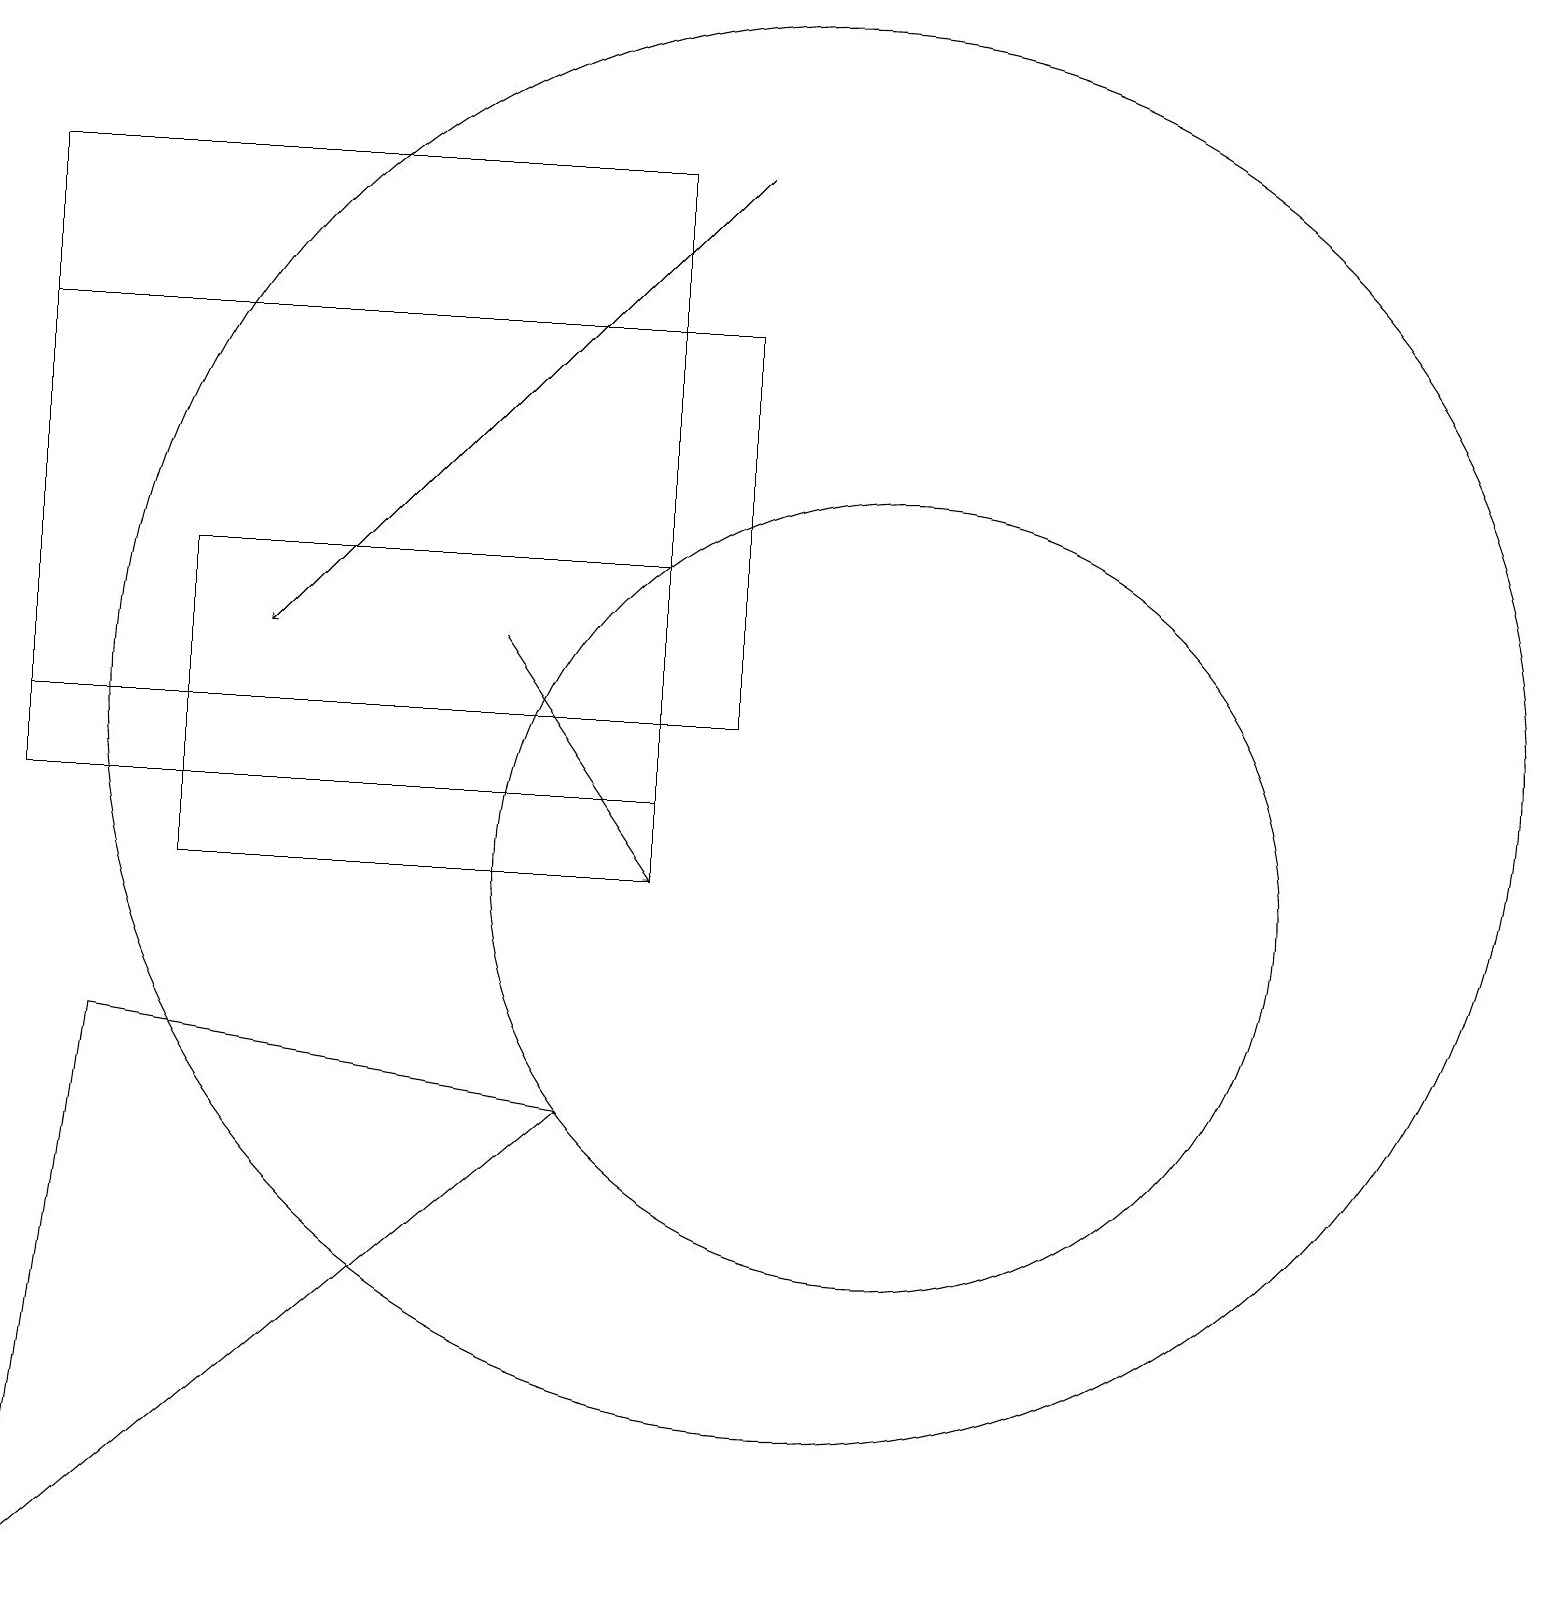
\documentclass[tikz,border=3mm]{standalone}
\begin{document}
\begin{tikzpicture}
\draw (0,1) -- (7,7) -- (1,8) -- cycle;
\draw (2,10) rectangle (8,14);
\draw (8,11) rectangle (0,19);
\draw (0,12) rectangle (9,17);
\draw[->] (9,19) -- (3,13);
\draw (10,12) circle (9);
\draw[->] (6,13) -- (8,10);
\draw (11,10) circle (5);
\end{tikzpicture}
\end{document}